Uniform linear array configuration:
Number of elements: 4
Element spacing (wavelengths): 0.25
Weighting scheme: binomial
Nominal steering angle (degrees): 45
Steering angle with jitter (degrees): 45.204
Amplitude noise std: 0.05
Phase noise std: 0.05

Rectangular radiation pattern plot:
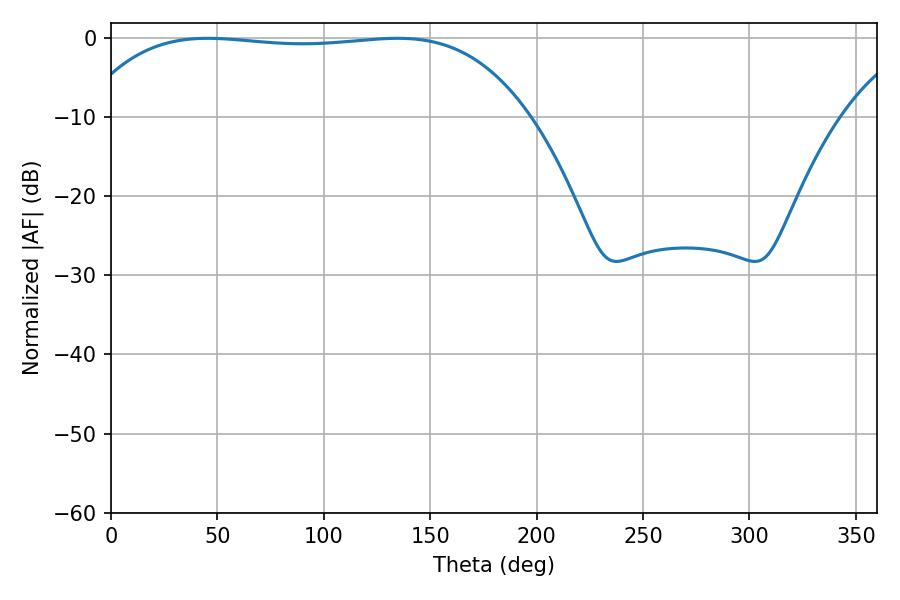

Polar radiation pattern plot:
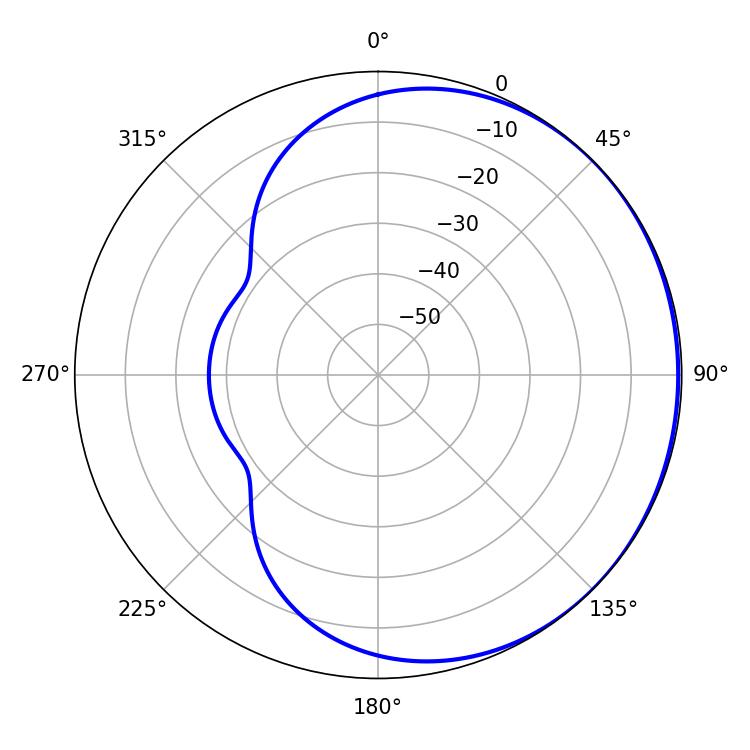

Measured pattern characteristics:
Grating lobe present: FALSE
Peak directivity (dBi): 0.5137
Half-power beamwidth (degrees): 165.6
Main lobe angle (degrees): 45.36